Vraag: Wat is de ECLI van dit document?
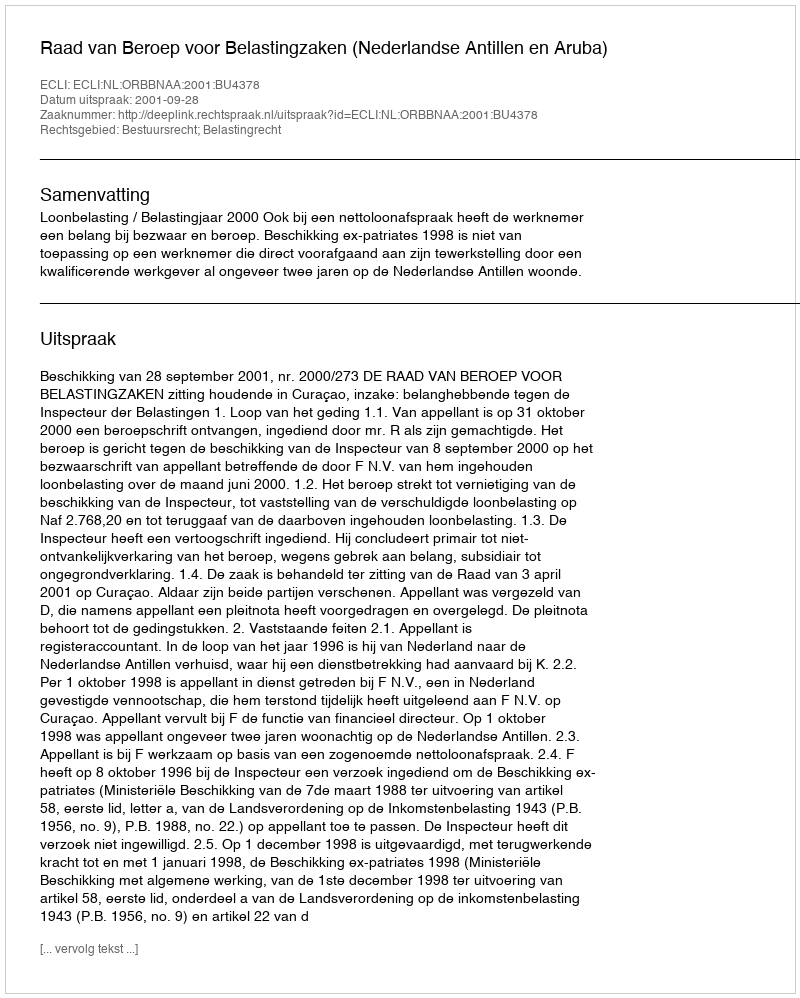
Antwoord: ECLI:NL:ORBBNAA:2001:BU4378